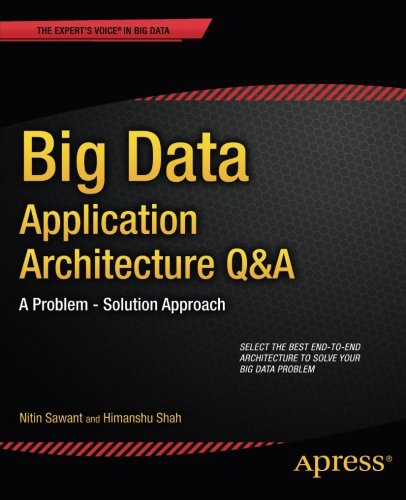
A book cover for Big Data Application Architecture Q&A: A Problem - Solution Approach (Expert's Voice in Big Data); Nitin Sawant; Computers & Technology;